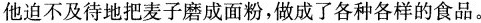
他迫不及待地把麦子磨成面粉，做成了各种各样的食品。